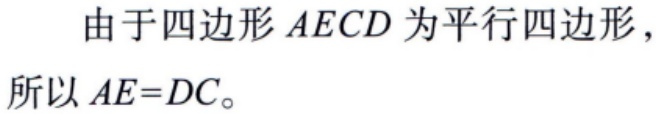
由于四边形\(AECD\)为平行四边形，

所以\(AE = DC\)。